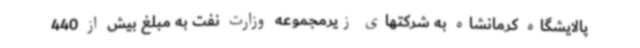
پالایشگاه کرمانشاه به شرکتهای زیرمجموعه وزارت نفت به مبلغ بیش از 440